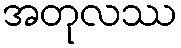
အတုလဿ